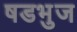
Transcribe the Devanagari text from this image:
षडभुज